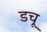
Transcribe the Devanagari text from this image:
डचू